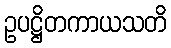
ဥပဋ္ဌိတကာယသတိ